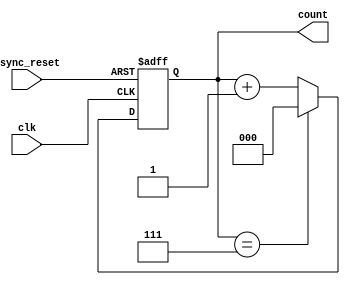
module mod_n_async_counter #(parameter N = 8) (
    input wire clk,         // External trigger for counting
    input wire async_reset, // Asynchronous reset signal
    output reg [log2(N)-1:0] count // Current count output
);
    // Function to calculate log2 in Vivado/Synopsys
    function integer log2;
        input integer value;
        begin
            log2 = 0;
            while (2**log2 < value) begin
                log2 = log2 + 1;
            end
        end
    endfunction

    // Asynchronous reset and counting logic
    always @(posedge clk or posedge async_reset) begin
        if (async_reset) begin
            count <= 0; // Reset the counter to 0
        end else begin
            if (count == N-1) begin
                count <= 0; // Wrap around to 0
            end else begin
                count <= count + 1; // Increment the counter
            end
        end
    end
endmodule